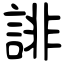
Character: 誹